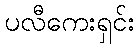
ပလီကေးရှင်း